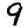
Digit: 9